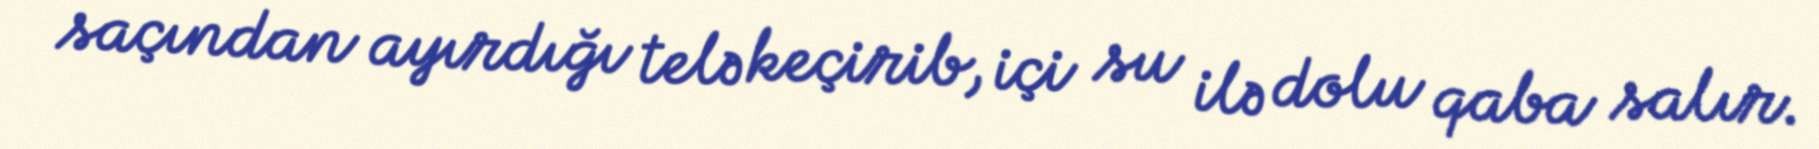
saçından ayırdığı telə keçirib, içi su ilə dolu qaba salır.